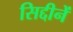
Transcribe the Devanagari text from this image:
सिद्दीनें